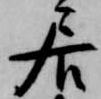
居